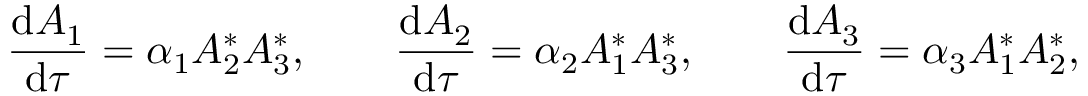
\frac { \mathrm { d } { A _ { 1 } } } { \mathrm { d } { \tau } } = \alpha _ { 1 } A _ { 2 } ^ { * } A _ { 3 } ^ { * } , \qquad \frac { \mathrm { d } { A _ { 2 } } } { \mathrm { d } { \tau } } = \alpha _ { 2 } A _ { 1 } ^ { * } A _ { 3 } ^ { * } , \qquad \frac { \mathrm { d } { A _ { 3 } } } { \mathrm { d } { \tau } } = \alpha _ { 3 } A _ { 1 } ^ { * } A _ { 2 } ^ { * } ,